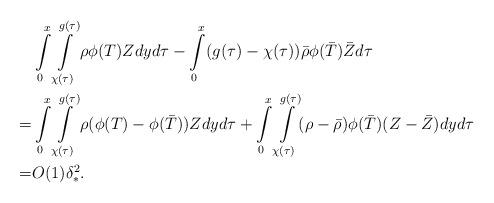
LaTeX: \begin{align*}&\int\limits_{0}^{x}\int\limits_{\chi(\tau)}^{g(\tau)}\rho \phi(T)Z dyd\tau-\int\limits_0^x (g(\tau)-\chi(\tau))\bar{\rho} \phi(\bar{T})\bar{Z}d\tau\\=&\int\limits_{0}^{x}\int\limits_{\chi(\tau)}^{g(\tau)} \rho (\phi(T)-\phi(\bar{T}))Z dyd\tau+\int\limits_{0}^{x}\int\limits_{\chi(\tau)}^{g(\tau)}(\rho-\bar{\rho})\phi(\bar{T})(Z-\bar{Z})dyd\tau\\=&O(1)\delta_*^2.\end{align*}